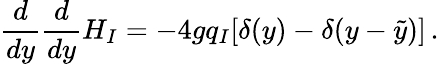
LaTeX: {\frac{d}{dy}}{\frac{d}{dy}}H_{I}=-4gq_{I}[\delta(y)-\delta(y-\tilde{y})]\, .